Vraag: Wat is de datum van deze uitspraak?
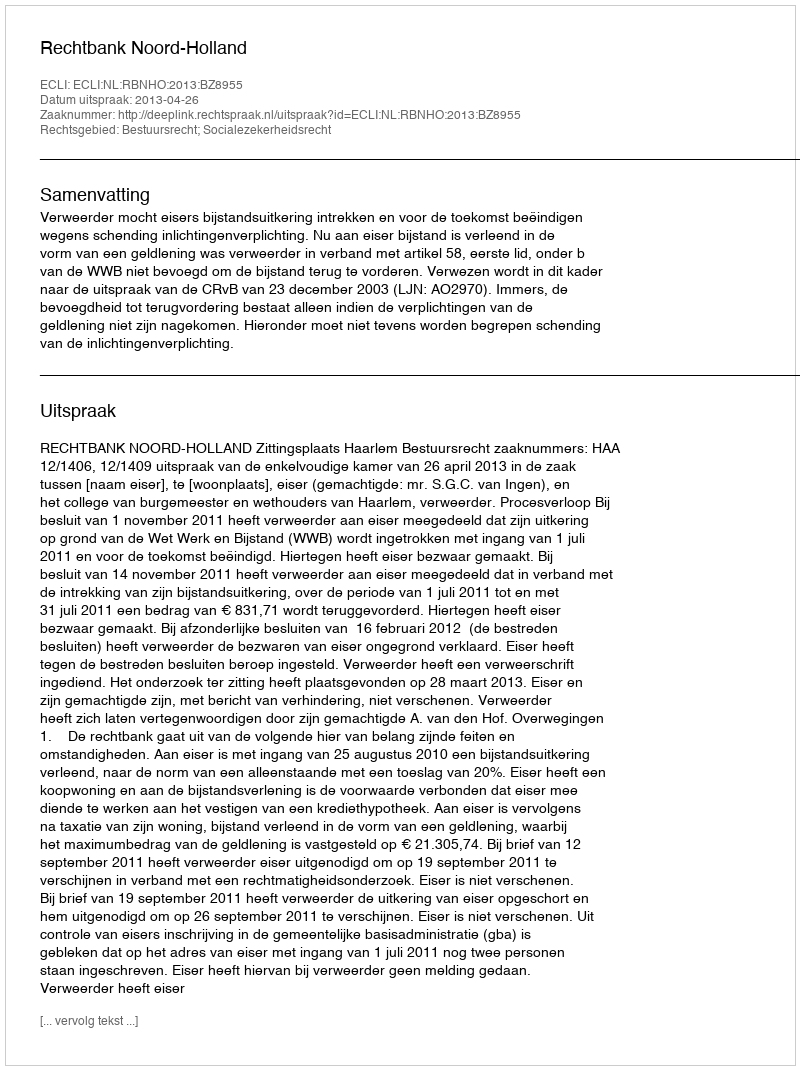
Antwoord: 2013-04-26